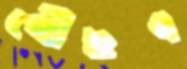
পৌঁছব